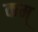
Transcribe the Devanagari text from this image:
कम्‌